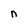
Character: n